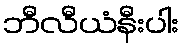
ဘီလီယံနီးပါး